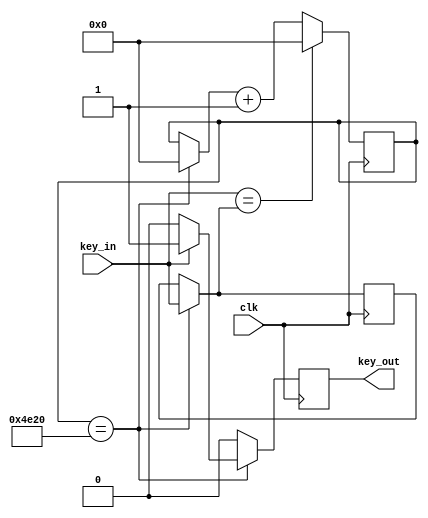
`timescale 1ns / 1ps
//////////////////////////////////////////////////////////////////////////////////
// Company: 
// Engineer: 
// 
// Design Name: 
// Module Name: debounce
// Project Name: 
// Target Devices: 
// Tool Versions: 
// Description: 
// 
// Dependencies: 
// 
// Revision:
// Revision 0.01 - File Created
// Additional Comments:
// 
//////////////////////////////////////////////////////////////////////////////////

//`define UD #1
//module debounce(
//    input clk,
//    input key_in,
//    output key_out
//);

//// inner signal
//reg [1:0] key_in_r;
//wire pp;
//reg [19:0] cnt_base;
//reg key_value_r;

////
//always @(posedge clkin)
//key_in_r<= `UD {key_in_r[0],key_in};

//// 
//assign pp = key_in_r[0]^key_in_r[1];

////
//always @(posedge clkin)
//if(pp==1'b1)
//       cnt_base <= `UD 20'd0;
//    else
//       cnt_base <= `UD cnt_base + 1;

////
//always @(posedge clkin)
//if(cnt_base==20'd20_000)
//   key_value_r <= `UD key_in_r[0];

//assign key_value = key_value_r;
//endmodule

//module debounce(
//    input wire clk,
//    input wire key_in,
//    output reg key_out
//    );

////    localparam TIME_20MS = 1_000_000;
//    localparam TIME_20MS = 20_000;       // just for test

//    reg key_cnt;
//    reg [20:0] cnt;
    
//      initial
//      begin
//      key_out<=0;
//      key_cnt<=0;
//      cnt<=0;
//      end
      
//    always @(posedge clk) begin 
//        if(key_in==0)begin
//        key_out<=0;
//        key_cnt<=0;
//        cnt<=0; 
//        end          
//        if(key_cnt == 0 && key_out != key_in)
//            key_cnt <= 1;
//        else if(cnt == TIME_20MS - 1)
//            key_cnt <= 0;
                
//        if(key_cnt)
//            cnt <= cnt + 1'b1;
//        else
//            cnt <= 0;
              
//        if(key_cnt == 0 && key_out != key_in)
//            key_out <= key_in;
//    end
//endmodule

module debounce(
    input clk,
    input key_in,
    output reg key_out
    );
    
    reg [16:0] cnt;
    reg ol;
    
    initial
    begin
        key_out = 0;
        cnt = 0;
        ol = 0;
    end
    
    always @(posedge clk)
    begin
        
        if (key_out == 1)
            key_out = 0;
        
        if (cnt == 20000)
        begin
            if (key_in == 1)
            key_out = 1;
            ol = key_in;
            cnt = 0;
        end
        
        if (key_in == ol)
            cnt = 0;
        
        else
            cnt = cnt + 1;
    
    end

endmodule